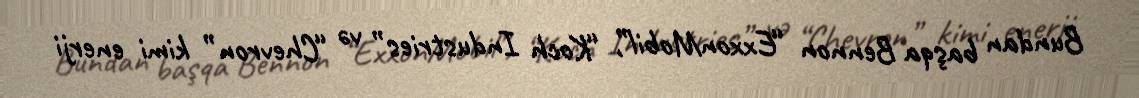
Bundan başqa Bennon “ExxonMobil”, “Koch Industries” və “Chevron” kimi enerji